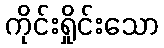
ကိုင်းရှိုင်းသော